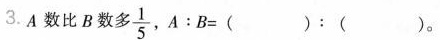
3.A数比B数多\frac{1}{5} ，$ $ A:B=( ):( )$ $ 。